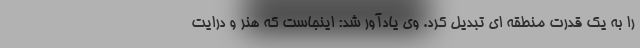
را به یک قدرت منطقه ای تبدیل کرد. وی یادآور شد: اینجاست که هنر و درایت